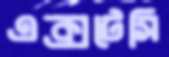
এক্সটেসি